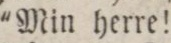
“Min herre!